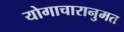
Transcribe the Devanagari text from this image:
योगाचारानुमत